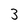
Character: 3